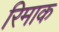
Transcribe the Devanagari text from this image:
रिमाक